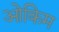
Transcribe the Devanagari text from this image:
ओकिम